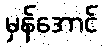
မှန်အောင်